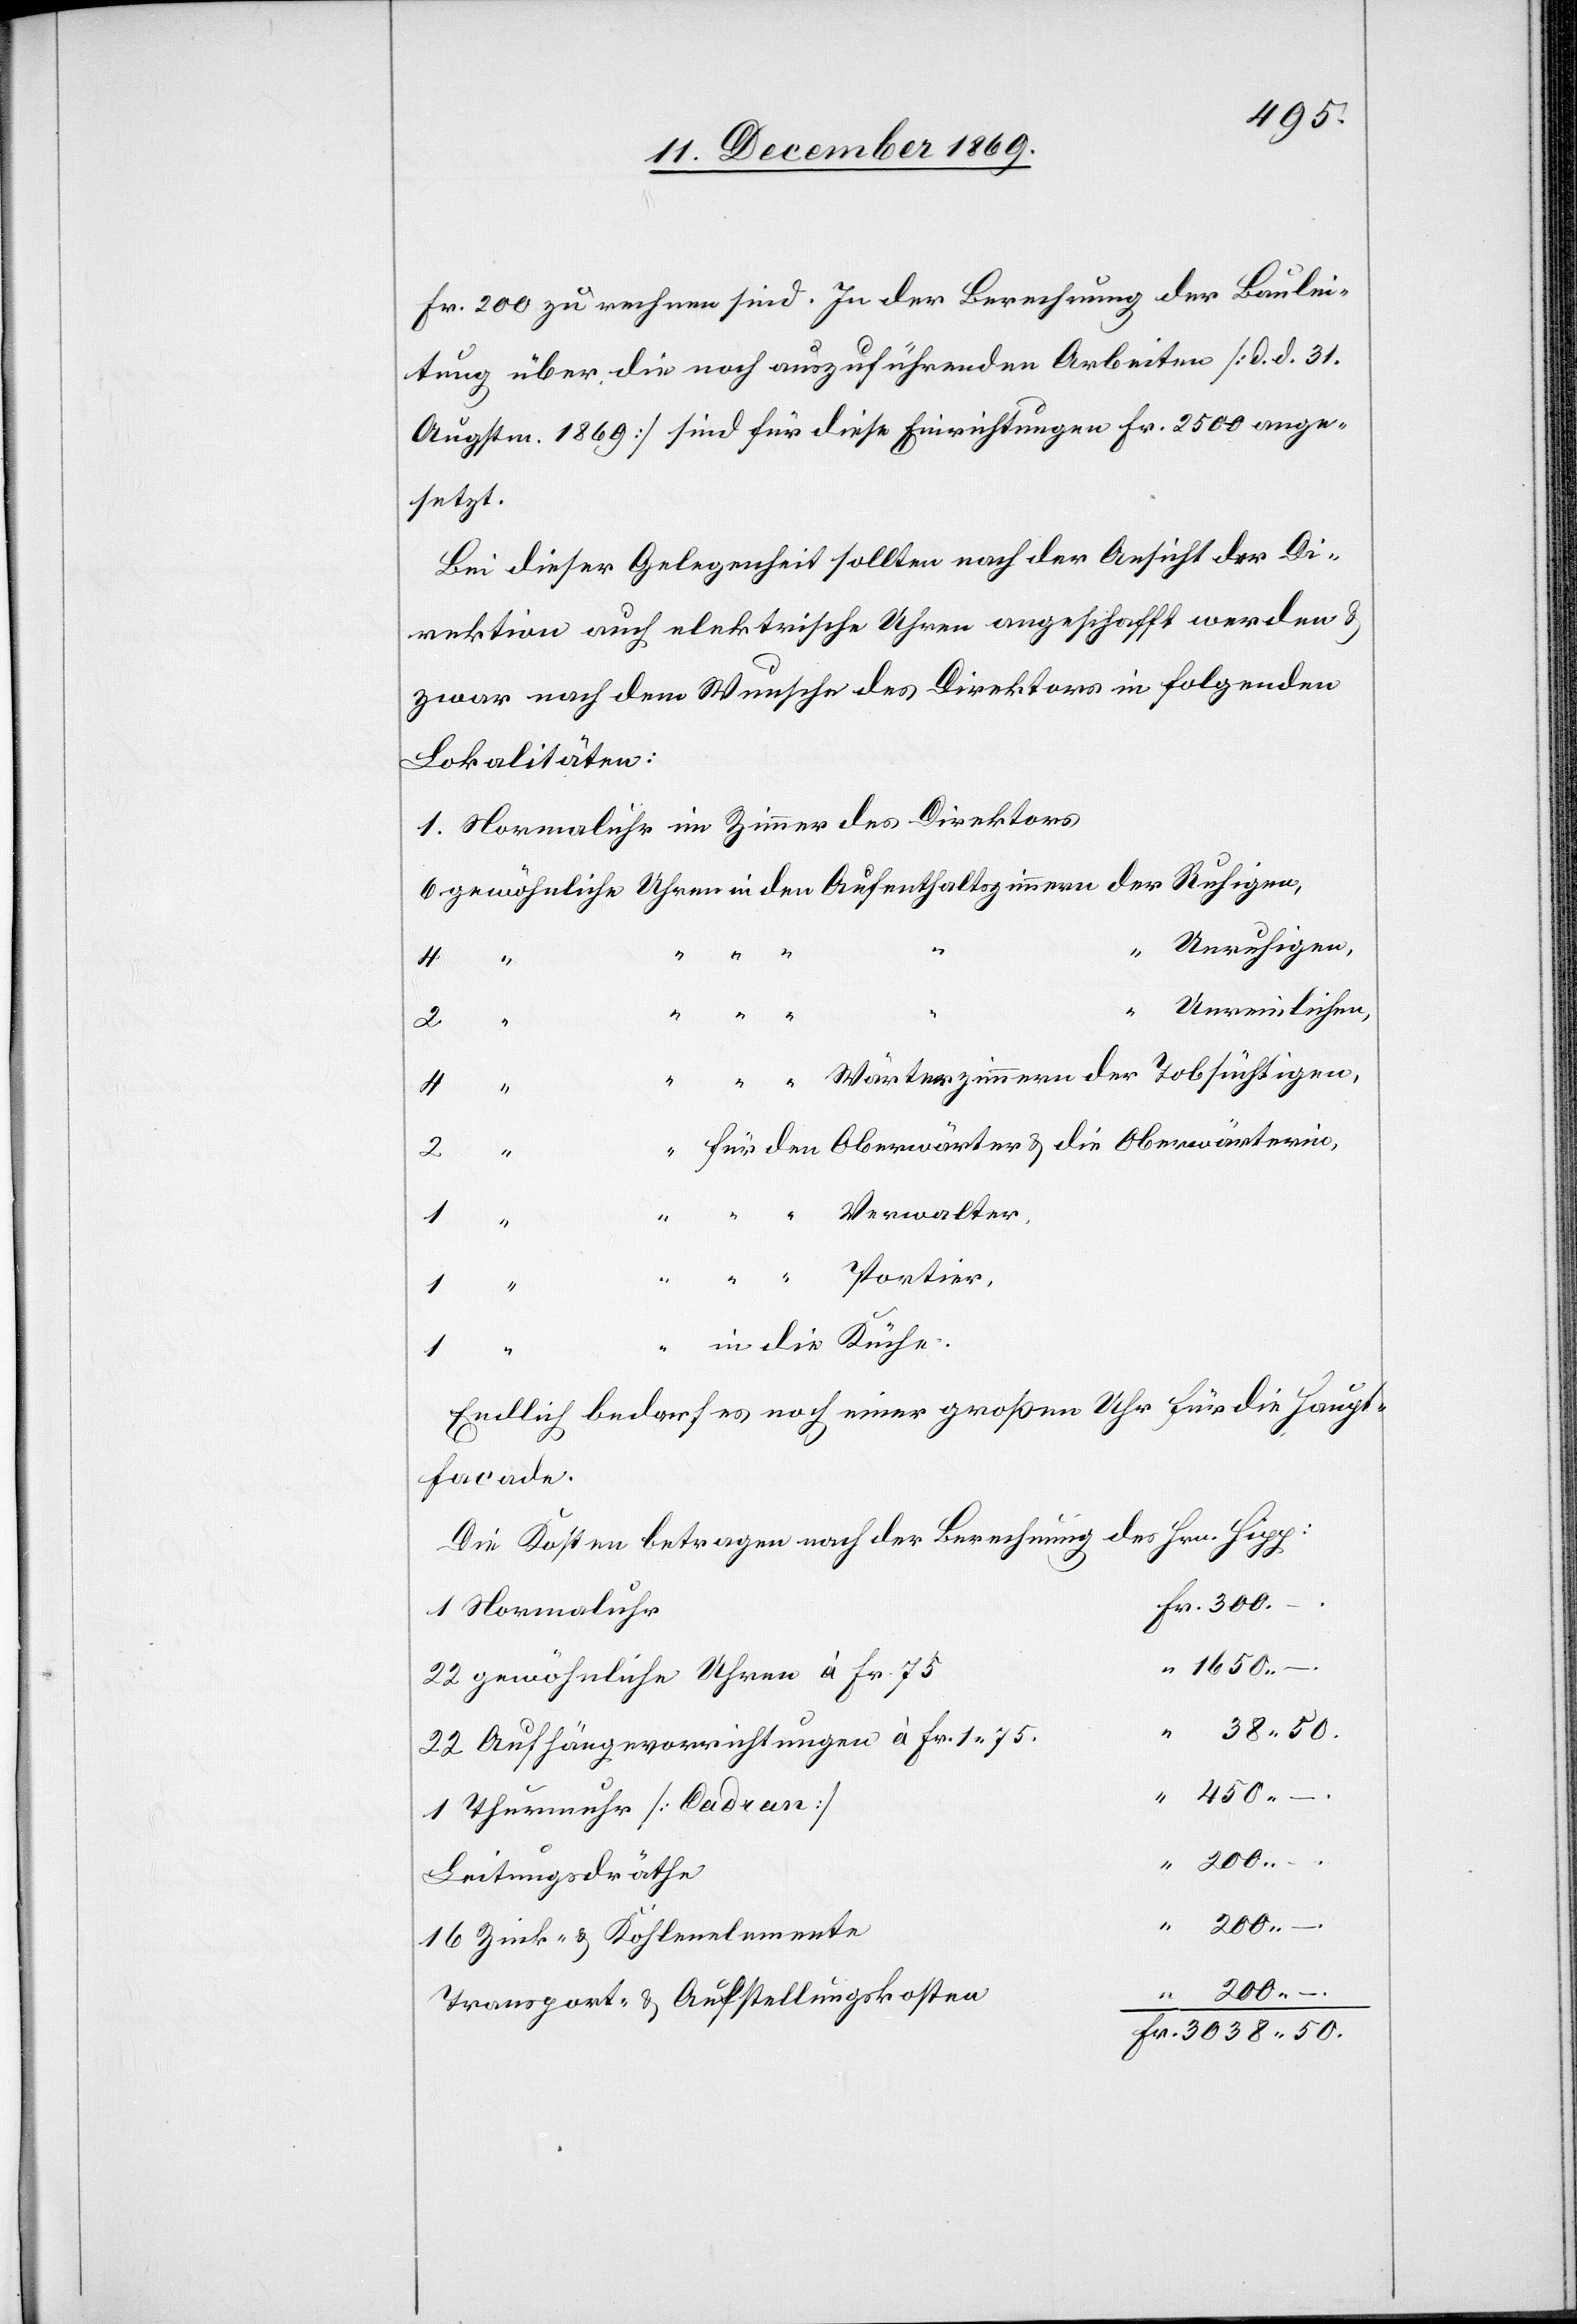
Fr. 200 zu rechnen sind. In der Berechnung der Baulei¬
tung über die noch auszuführenden Arbeiten [d. d. 31.
Augstm. 1869] sind für diese Einrichtungen Fr. 2500 ange¬
setzt.
Bei dieser Gelegenheit sollten nach der Ansicht der Di¬
rektion auch elektrische Uhren angeschafft werden &
zwar nach dem Wunsche des Direktors in folgenden
Lokalitäten:
1. Normaluhr im Zimmer des Direktors
6 gewöhnliche Uhren in den Aufenthaltszimmern der Ruhigen,
“ Unruhigen,
2 “
Unreinlichen,
4
“ “ “ “
“ “
“ “ “ Wärterzimmern der Tobsüchtigen,
“ für den Oberwärter & die Oberwärterin,
Verwalter.
1 “
“ “ “ Portier,
1
“ in die Küche.
Endlich bedarf es noch einer großen Uhr für die Haupt¬
facade.
Die Kosten betragen nach der Berechnung des Hrn. Hipp:
Fr. 300.–
1 Normaluhr
1650.–
22 gewöhnliche Uhren à Fr. 75
38.50.
22 Aufhängevorrichtungen à Fr. 1.75
1 Thurmuhr [Cadran]
“ 200.–
Leitungsdräthe
“ 200.–
16 Zink- & Kohlenelemente
“ 200.–
Transport- & Aufstellungskosten
Fr. 3038.50.